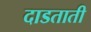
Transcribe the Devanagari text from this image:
दाडताती